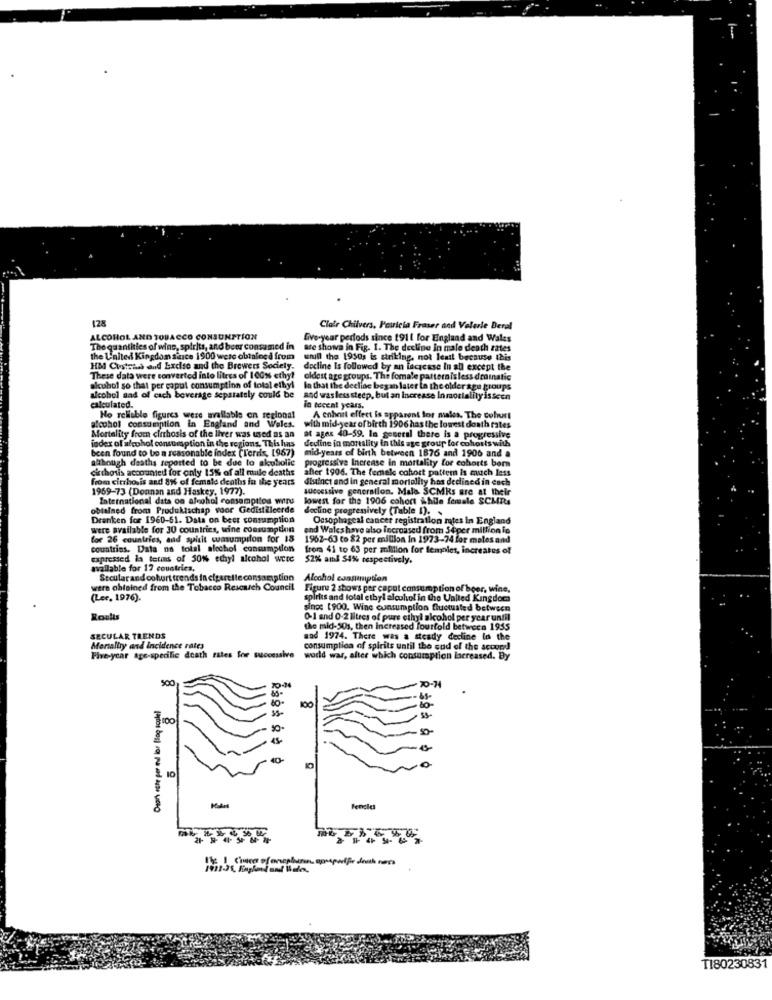
T
128
Clair Chilvers, Patricia Fraser and Velerle Deral
ALCOHOL AND TOBACCO CONSUMPTION
five-year periods since 1911 for England and Wales
he quantities of wine, spirits, and beer consumed in
are shown in Fig. 1. The decline in male death zates
the United Kingdom since 1900 were obtained from
unil the 1950; is striking, not least because this
HM Customs and Excise and the Brewers Society. decline Is followed by an increase In all except the
These data were converted into litres of 100% ethy?
oldest age groups. The fomale patternisless drainatic
alcohol so that per capul consumption of total ethyl In that the decline began later la the older age groups
alcohol aad of each beverage separately could be
and waslessstedp, but an Increase Inmortality isscen
calculated.
in recent years.
No reliable figures were available on regional
A cohort effect is apparent for males. The Cohurt
alcohol consumption in England and Wales.
with mid-year of birth 1906 has the lowest doath rates
index of alcohol consumption in the regions. This has
Mortality from cirrhosis of the liver was used as an
af ages 40-59. In general there is a progressive
decline in mortality in this age group for cohorts with
been found to be a reasonable index (Terds, [967)
mid-years of birth between 1876 and 1906 and a
although deaths reported to be due to skubolie
progressive Increase In mortality for cohorts born
cirrhosis accounted for only 15% of all mule deaths
after 1906. The female cohort pattern is much less
from cirrhosis and 8% of female deaths in the years
distinct and in general mortality has declined in cach
1969-73 (Donnan and Haskey, 1977).
successive generation. Mais SCMRs are at their
International data on alcohol consampitos wiru
lowest for the 1906 cohort While female SCMRs
obtained from Produktschap voor Gedistilleerde
decline progressively (Table I). .
Dranken for 1960-51. Data on beer consumption
Oesophageal cancer registration mtes in England
were available for 30 countries, wine consumption
and Waleshave also Increased from S4per million in
for 26 countries, and spirit wasumption for 18
1962-63 to 82 per million In 1973-74 for males and
countries. Data na tolal alechol consumption
from 41 to 63 per million for femniet, increates of
expressed la terms of 50%% ethyl alcohol wttc
$2% aml S4% respectively.
available for 17 countries,
Secularand cohort trends in citarelle consamption
Alcohol consumption
were obtained from the Tobacco Research Council Figure 2 shows per caput consumption of beer, wine,
Figure 2 shows per caput consumption of beer, wine,
(Ler. 1976).
spirits and total etbyl alcohol in the United Kingdom
since 1900. Wine consumption fluctuated between
Roults
0-1 and 0-2 litres of pure cihyl alcohol per year until
the mid-50s, then increased fourfold between 1955
SECULAR TRENDS
and 1974. There was a steady decline to the
Mentally and incidence rates
consumption of spirits until the end of the accord
Five-year age-specific death rates for successive
world war, after which consumption lacreased. By
500
70-74
Duach ete per mil lor [log soule!
100
100
.0
10
Fengles
TI80230831